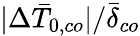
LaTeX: |\Delta\bar{T}_{0,co}|/\bar{\delta}_{co}